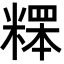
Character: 𥻸